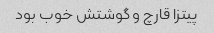
پیتزا قارچ و گوشتش خوب بود